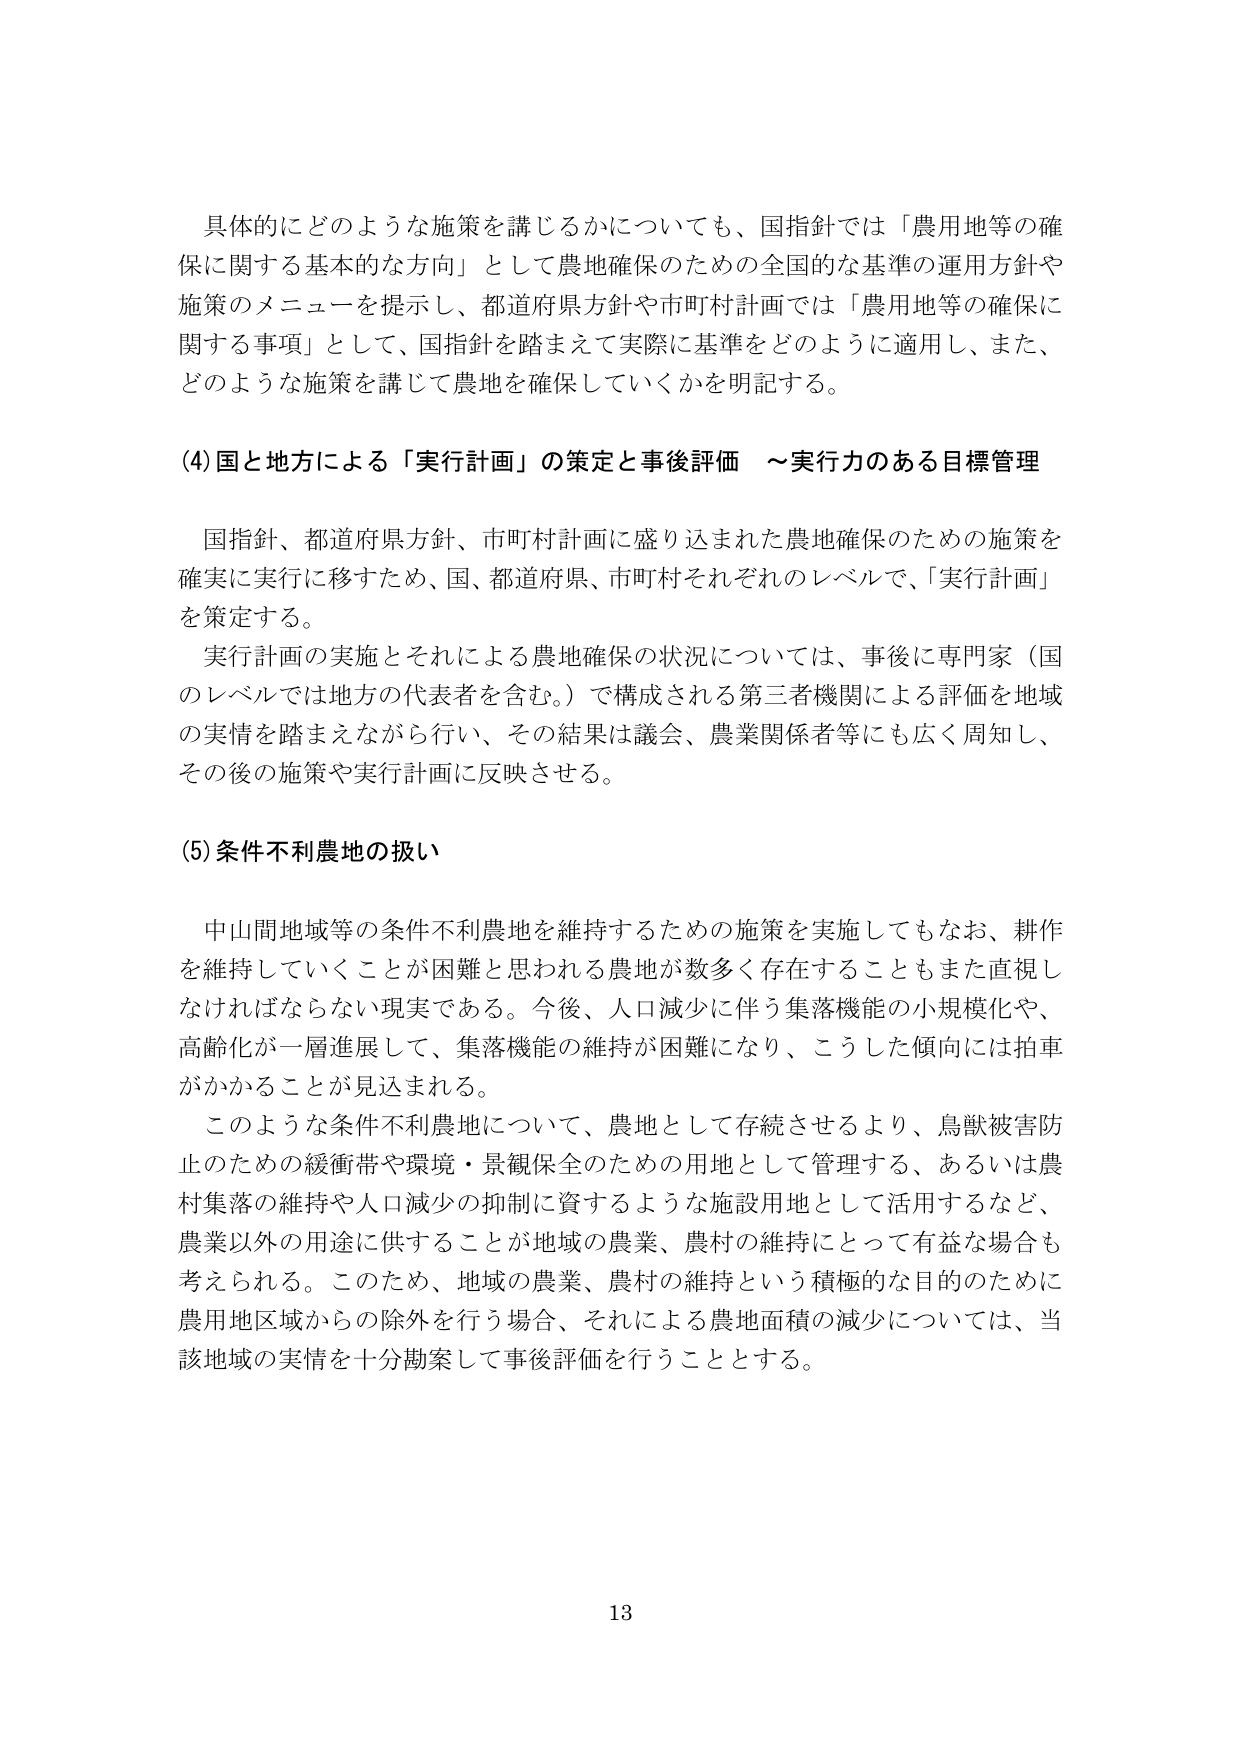
具体的にどのような施策を講じるかについても、国指針では「農用地等の確保に関する基本的な方向」として農地確保のための全国的な基準の運用方針や施策のメニューを提示し、都道府県方針や市町村計画では「農用地等の確保に関する事項」として、国指針を踏まえて実際に基準をどのように適用し、また、どのような施策を講じて農地を確保していくかを明記する。

(4)国と地方による「実行計画」の策定と事後評価　～実行力のある目標管理

国指針、都道府県方針、市町村計画に盛り込まれた農地確保のための施策を確実に実行に移すため、国、都道府県、市町村それぞれのレベルで、「実行計画」を策定する。
実行計画の実施とそれによる農地確保の状況については、事後に専門家（国のレベルでは地方の代表者を含む。）で構成される第三者機関による評価を地域の実情を踏まえながら行い、その結果は議会、農業関係者等にも広く周知し、その後の施策や実行計画に反映させる。

(5)条件不利農地の扱い

中山間地域等の条件不利農地を維持するための施策を実施してもなお、耕作を維持していくことが困難と思われる農地が数多く存在することもまた直視しなければならない現実である。今後、人口減少に伴う集落機能の小規模化や、高齢化が一層進展して、集落機能の維持が困難になり、こうした傾向には拍車がかかることが見込まれる。
このような条件不利農地について、農地として存続させるより、鳥獣被害防止のための緩衝帯や環境・景観保全のための用地として管理する、あるいは農村集落の維持や人口減少の抑制に資するような施設用地として活用するなど、農業以外の用途に供することが地域の農業、農村の維持にとって有益な場合も考えられる。このため、地域の農業、農村の維持という積極的な目的のために農用地区域からの除外を行う場合、それによる農地面積の減少については、当該地域の実情を十分勘案して事後評価を行うこととする。

13